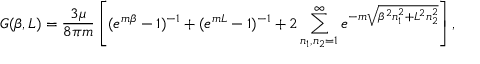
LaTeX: G ( \beta , L ) = \frac { 3 \mu } { 8 \pi m } \left[ ( e ^ { m \beta } - 1 ) ^ { - 1 } + ( e ^ { m L } - 1 ) ^ { - 1 } + 2 \sum _ { n _ { 1 } , n _ { 2 } = 1 } ^ { \infty } e ^ { - m \sqrt { \beta ^ { 2 } n _ { 1 } ^ { 2 } + L ^ { 2 } n _ { 2 } ^ { 2 } } } \right] ,